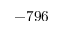
- 7 9 6